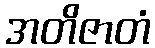
အတိဇာတံ